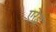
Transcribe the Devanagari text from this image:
एरेइ